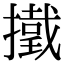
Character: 𢶋